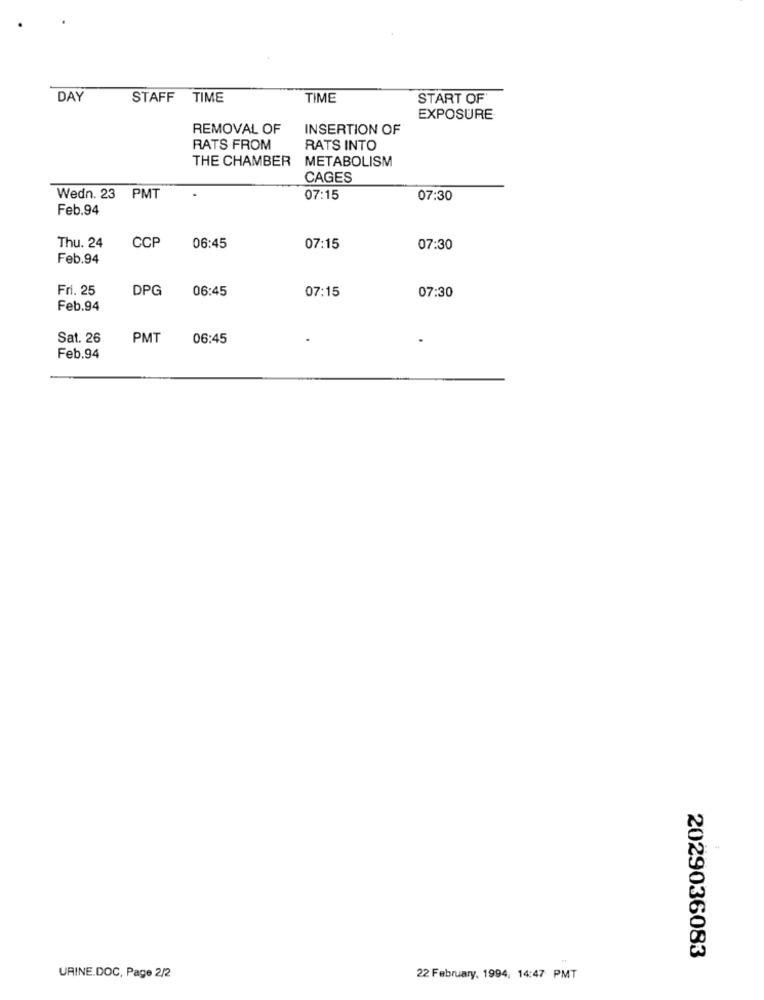
DAY
STAFF TIME
TIME
START OF'
EXPOSURE
REMOVAL OF
INSERTION OF
RATS FROM
RATS INTO
THE CHAMBER
METABOLISM
CAGES
Wedn. 23 PMT
07:15
07:30
Feb.94
Thu. 24
CCP
06:45
07:15
07:30
Feb.94
Fri. 25
DPG
06:45
07:15
07:30
Feb.94
Sat. 26
PMT
06:45
Feb.94
2029036083
URINE.DOC, Page 2/2
22 February, 1994, 14:47 PMT